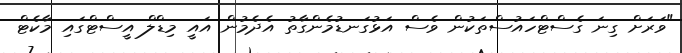
"ވަރަށް ގިނަ ގެސްޓްހައުސްތަކުން ވެސް އަޅުގަނޑުމެންގާތު އެދެމުން އައީ މިޑްލް އީސްޓްގައި މާކެޓް